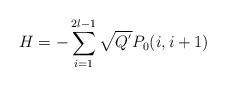
LaTeX: \begin{align*}H=-\sum_{i=1}^{2l-1}\sqrt{Q^{'}}P_{0}(i,i+1) \end{align*}